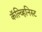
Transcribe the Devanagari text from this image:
कॅल्व्हिनिस्ट